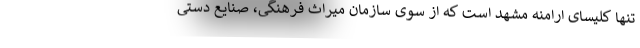
تنها کلیسای ارامنه مشهد است که از سوی سازمان میراث فرهنگی، صنایع دستی